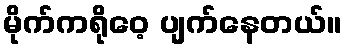
မိုက်ကရိုဝေ့ ပျက်နေတယ်။